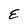
Character: E